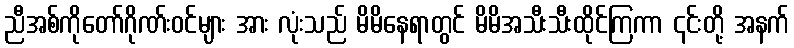
ညီအစ်ကိုတော်ဂိုဏ်းဝင်များ အား လုံးသည် မိမိနေရာတွင် မိမိအသီးသီးထိုင်ကြကာ ၎င်းတို့ အနက်